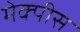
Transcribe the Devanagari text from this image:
मेक्पीस